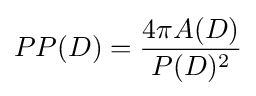
PP(D)={\frac {4\pi A(D)}{P(D)^{2}}}